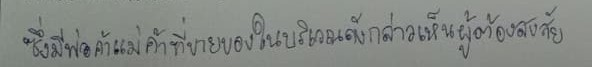
ซึ่งมีพ่อค้าแม่ค้าที่ขายของในบริเวณดังกล่าวเห็นผู้ต้องสงสัย